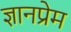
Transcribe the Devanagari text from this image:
ज्ञानप्रेम